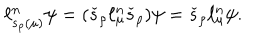
LaTeX: \ell _ { s _ { \rho } ( \mu ) } ^ { n } \psi = ( \check { s } _ { \rho } \ell _ { \mu } ^ { n } \check { s } _ { \rho } ) \psi = \check { s } _ { \rho } \ell _ { \mu } ^ { n } \psi .